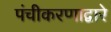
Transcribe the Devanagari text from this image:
पंचीकरणाद्वारे